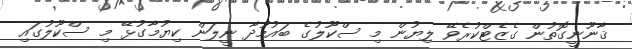
ޤާނޫނީގޮތުން ގެޒެޓްކުރެވޭ ލިޔުން މި ސްކޫލުގެ ބައުމުދާ ނީލަން ކިޔުމާގުޅޭ މި ސްކޫލުގައި